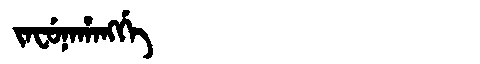
Manchu: ᠵᠠᠸᡠᠨᠠᡥᠠᠩᡤᡝ
Romanization: JAFUNAHANGGE